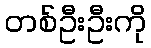
တစ်ဦးဦးကို